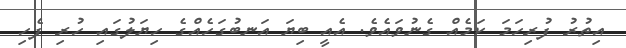
އިތުރު ފުރިހަމަ ކަމެއް ގެނުވައެވެ. އެއީ ބިޔަ އަނބުގަހެއްގެ ހިޔަލުގައި ހުރި ފެހި